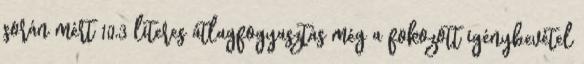
során mért 10,3 literes átlagfogyasztás még a fokozott igénybevétel